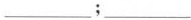
___;___